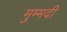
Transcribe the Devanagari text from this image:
मुम्मदी